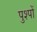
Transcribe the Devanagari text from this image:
पुश्पों